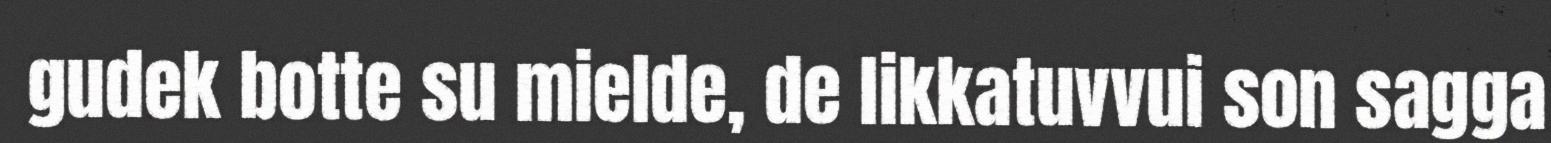
gudek botte su mielde, de likkatuvvui son sagga